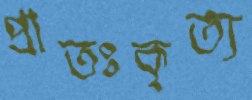
প্রাতঃকৃত্য